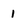
Character: 1